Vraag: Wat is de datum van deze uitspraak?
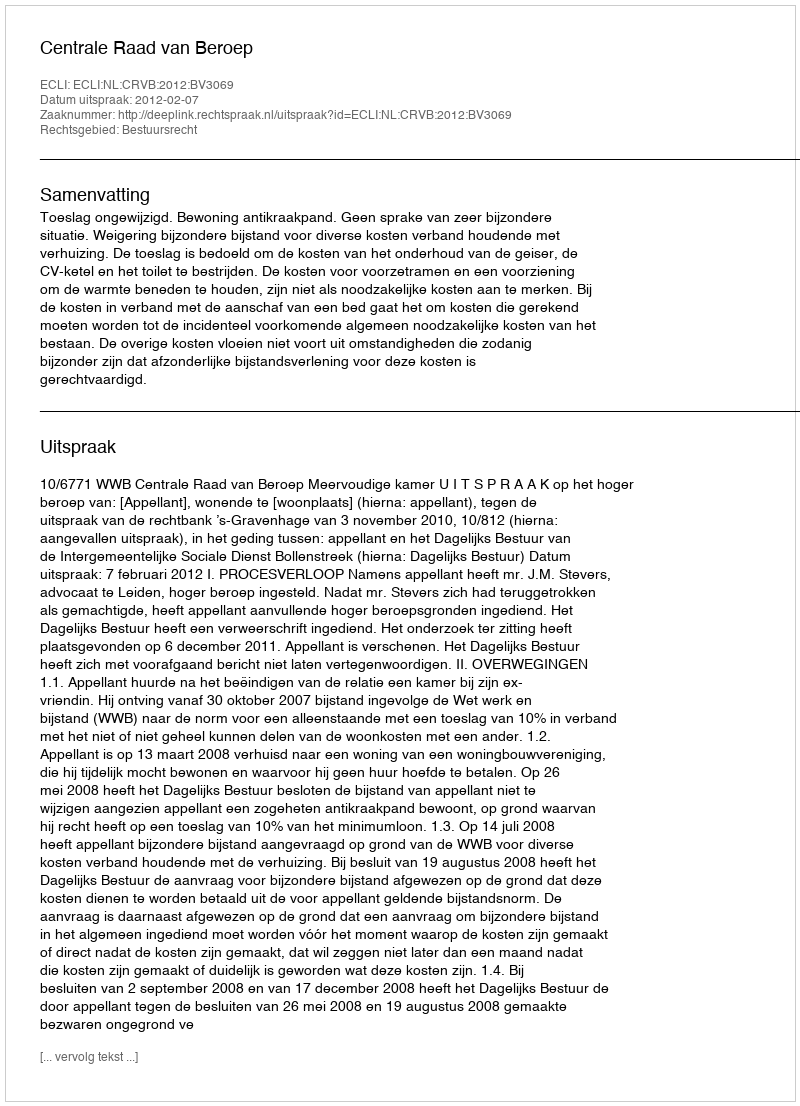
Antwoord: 2012-02-07